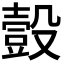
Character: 𧯸